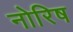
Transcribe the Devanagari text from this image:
नोरिष